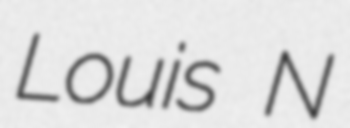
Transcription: Louis N